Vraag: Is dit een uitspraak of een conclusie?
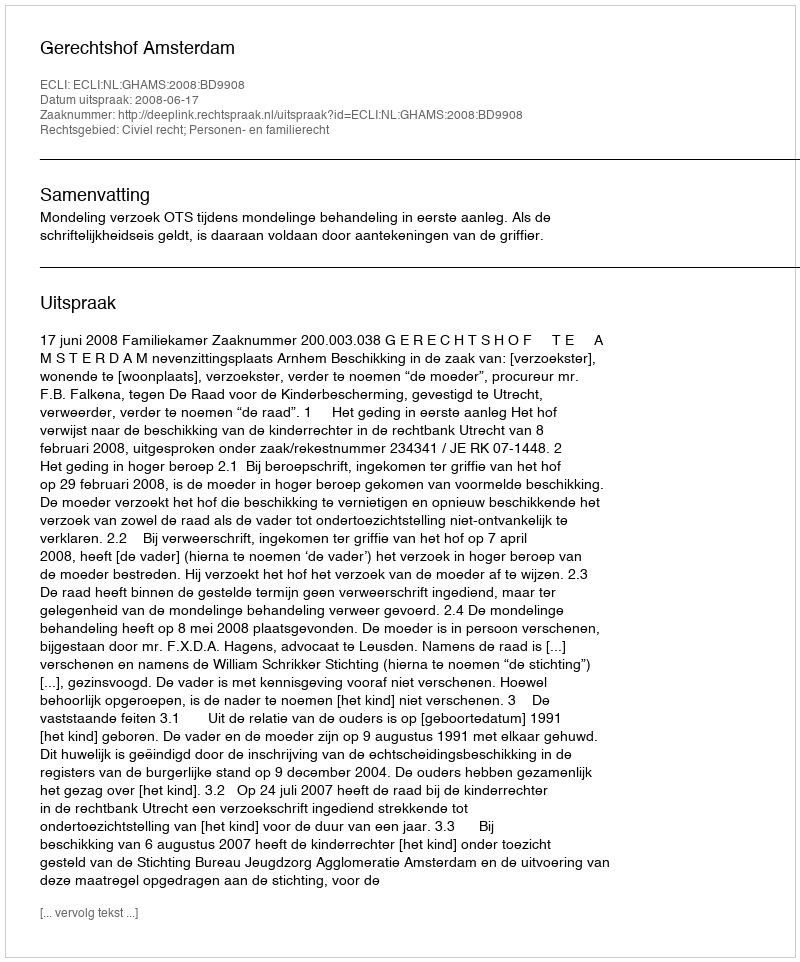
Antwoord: Uitspraak